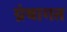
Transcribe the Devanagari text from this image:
ग्रंथागत